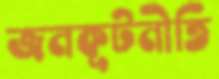
জনকূটনীতি